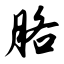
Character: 胳